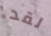
لقد